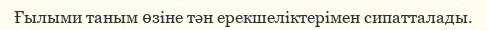
Ғылыми таным өзіне тән ерекшеліктерімен сипатталады.